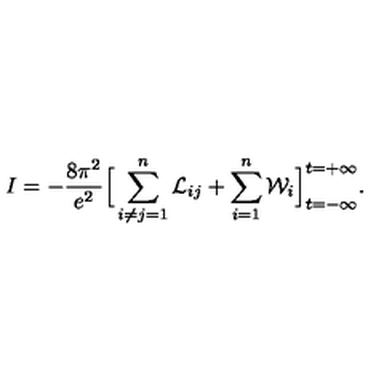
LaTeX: I = - \frac { 8 \pi ^ { 2 } } { e ^ { 2 } } \Big [ \sum _ { i \neq j = 1 } ^ { n } { \cal L } _ { i j } + \sum _ { i = 1 } ^ { n } { \cal W } _ { i } \Big ] _ { t = - \infty } ^ { t = + \infty } .